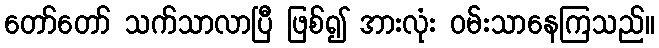
တော်တော် သက်သာလာပြီ ဖြစ်၍ အားလုံး ဝမ်းသာနေကြသည်။